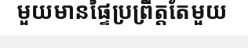
មួយមានផ្ទៃប្រព្រឹត្តតែមួយ